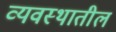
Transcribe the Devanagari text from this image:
व्यवस्थातील